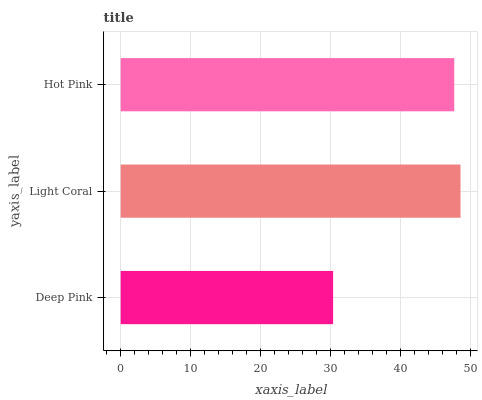
| yaxis_label | bars |
 | --- | --- |
 | Deep Pink | 30.4 |
 | Light Coral | 48.6 |
 | Hot Pink | 47.7 |